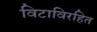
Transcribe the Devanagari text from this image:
विटाविरहित